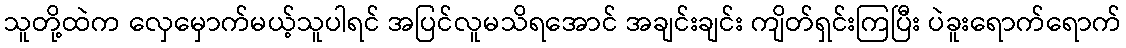
သူတို့ထဲက လှေမှောက်မယ့်သူပါရင် အပြင်လူမသိရအောင် အချင်းချင်း ကျိတ်ရှင်းကြပြီး ပဲခူးရောက်ရောက်